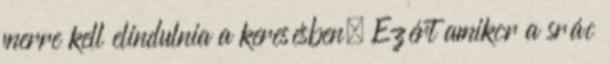
merre kell elindulnia a keresésben. Ezért amikor a srác